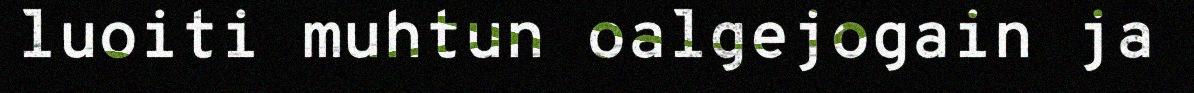
luoiti muhtun oalgejogain ja